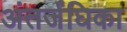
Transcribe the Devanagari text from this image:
अंतर्जंघिका